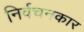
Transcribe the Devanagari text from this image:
निर्वचनकार